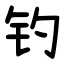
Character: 钓